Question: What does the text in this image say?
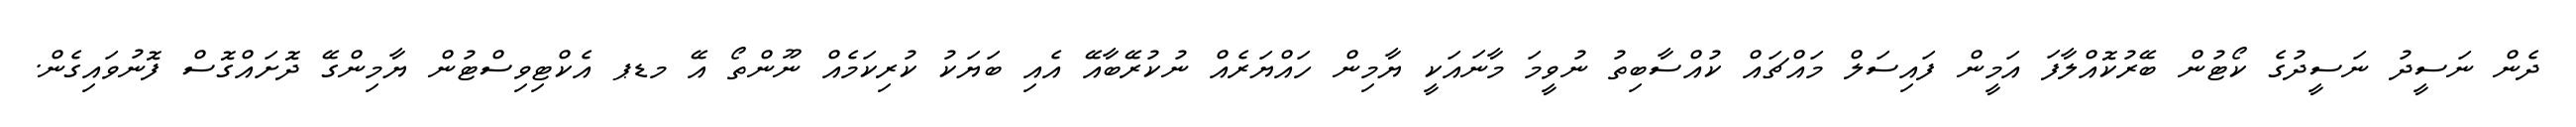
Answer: ދެން ނަސީދު ނަސީދުގެ ކޯޓުން ބޭރުކޮއްލާފަ އަމީން ފައިސަލް މައްޗައް ކުއްސާބިތު ނުވީމަ މާނައަކީ ޔާމިން ހައްޔަރެއް ނުކުރޭބާއޭ އެއި ބަޔަކު ކުރިކަމެއް ނޫންތޯ އޭ މޑޕ އެކްޓިވިސްޓުން ޔާމިންގޭ ދޮށައްގޮސް ފޮނުވައިގެން.